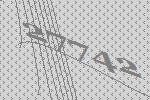
27742